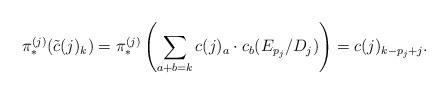
LaTeX: \begin{align*} \pi^{(j)}_*(\tilde{c}(j)_k) = \pi^{(j)}_*\left( \sum_{a+b=k} c(j)_a \cdot c_b(E_{p_j}/D_j) \right) = c(j)_{k-p_j+j}.\end{align*}